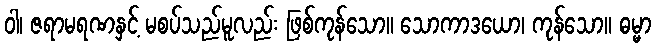
ဝါ၊ ဇရာမရဏနှင့် မစပ်သည်မူလည်း ဖြစ်ကုန်သော။ သောကာဒယော၊ ကုန်သော။ ဓမ္မာ